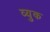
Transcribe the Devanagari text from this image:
व्युक